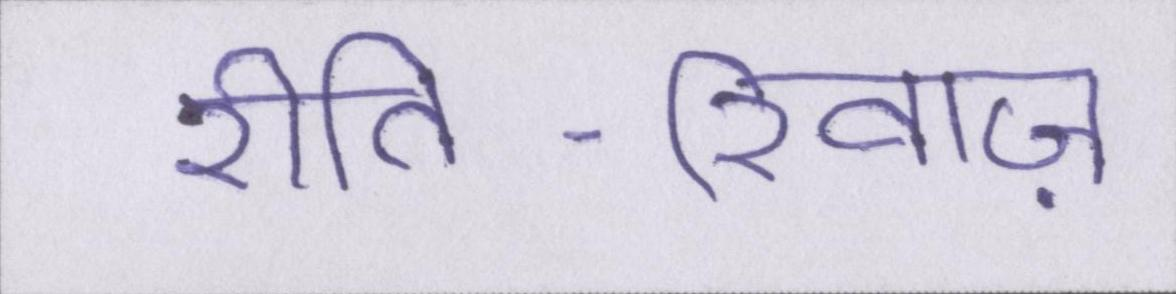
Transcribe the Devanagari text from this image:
रीति-रिवाज़